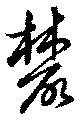
叢